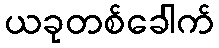
ယခုတစ်ခေါက်